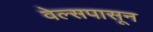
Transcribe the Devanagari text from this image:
वेल्सपासून